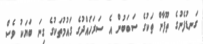
ގަނޑުފެނުގެ ތޫފާން ތަކުގެ ސަބަބުން އެ ސަރަހައްދުގެ ގައުމުތަކުގެ ގިނަ ބަޔަކު ވެސް